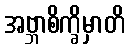
အဗ္ဘာစိက္ခိမှာတိ